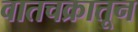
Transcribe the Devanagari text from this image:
वातचक्रातून